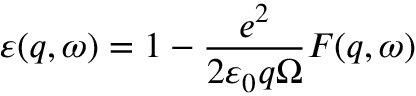
\varepsilon ( q , \omega ) = 1 - \frac { e ^ { 2 } } { 2 \varepsilon _ { 0 } q \Omega } { \cal F } ( q , \omega )